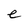
Character: e